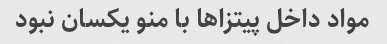
مواد داخل پیتزا‌ها با منو یکسان نبود